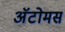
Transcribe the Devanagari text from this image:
अॅटोमस